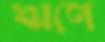
ঋণে